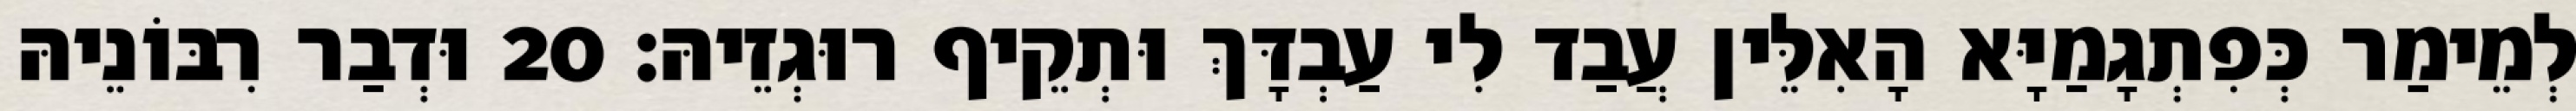
לְמֵימַר כְּפִתְגָמַיָּא הָאִלֵּין עֲבַד לִי עַבְדָּךְ וּתְקֵיף רוּגְזֵיהּ׃ 20 וּדְבַר רִבּוֹנֵיהּ